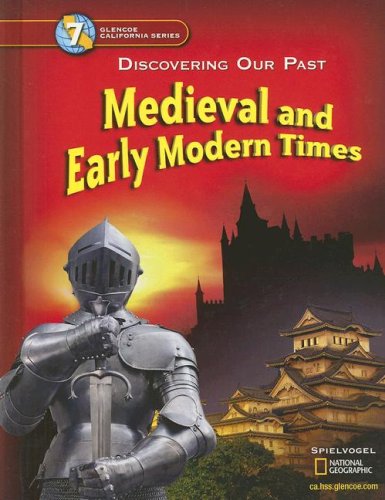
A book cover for Discovering Our Past - California Edition: Medieval And Early Modern Times (Glencoe California); Jack Spielvogel; Children's Books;